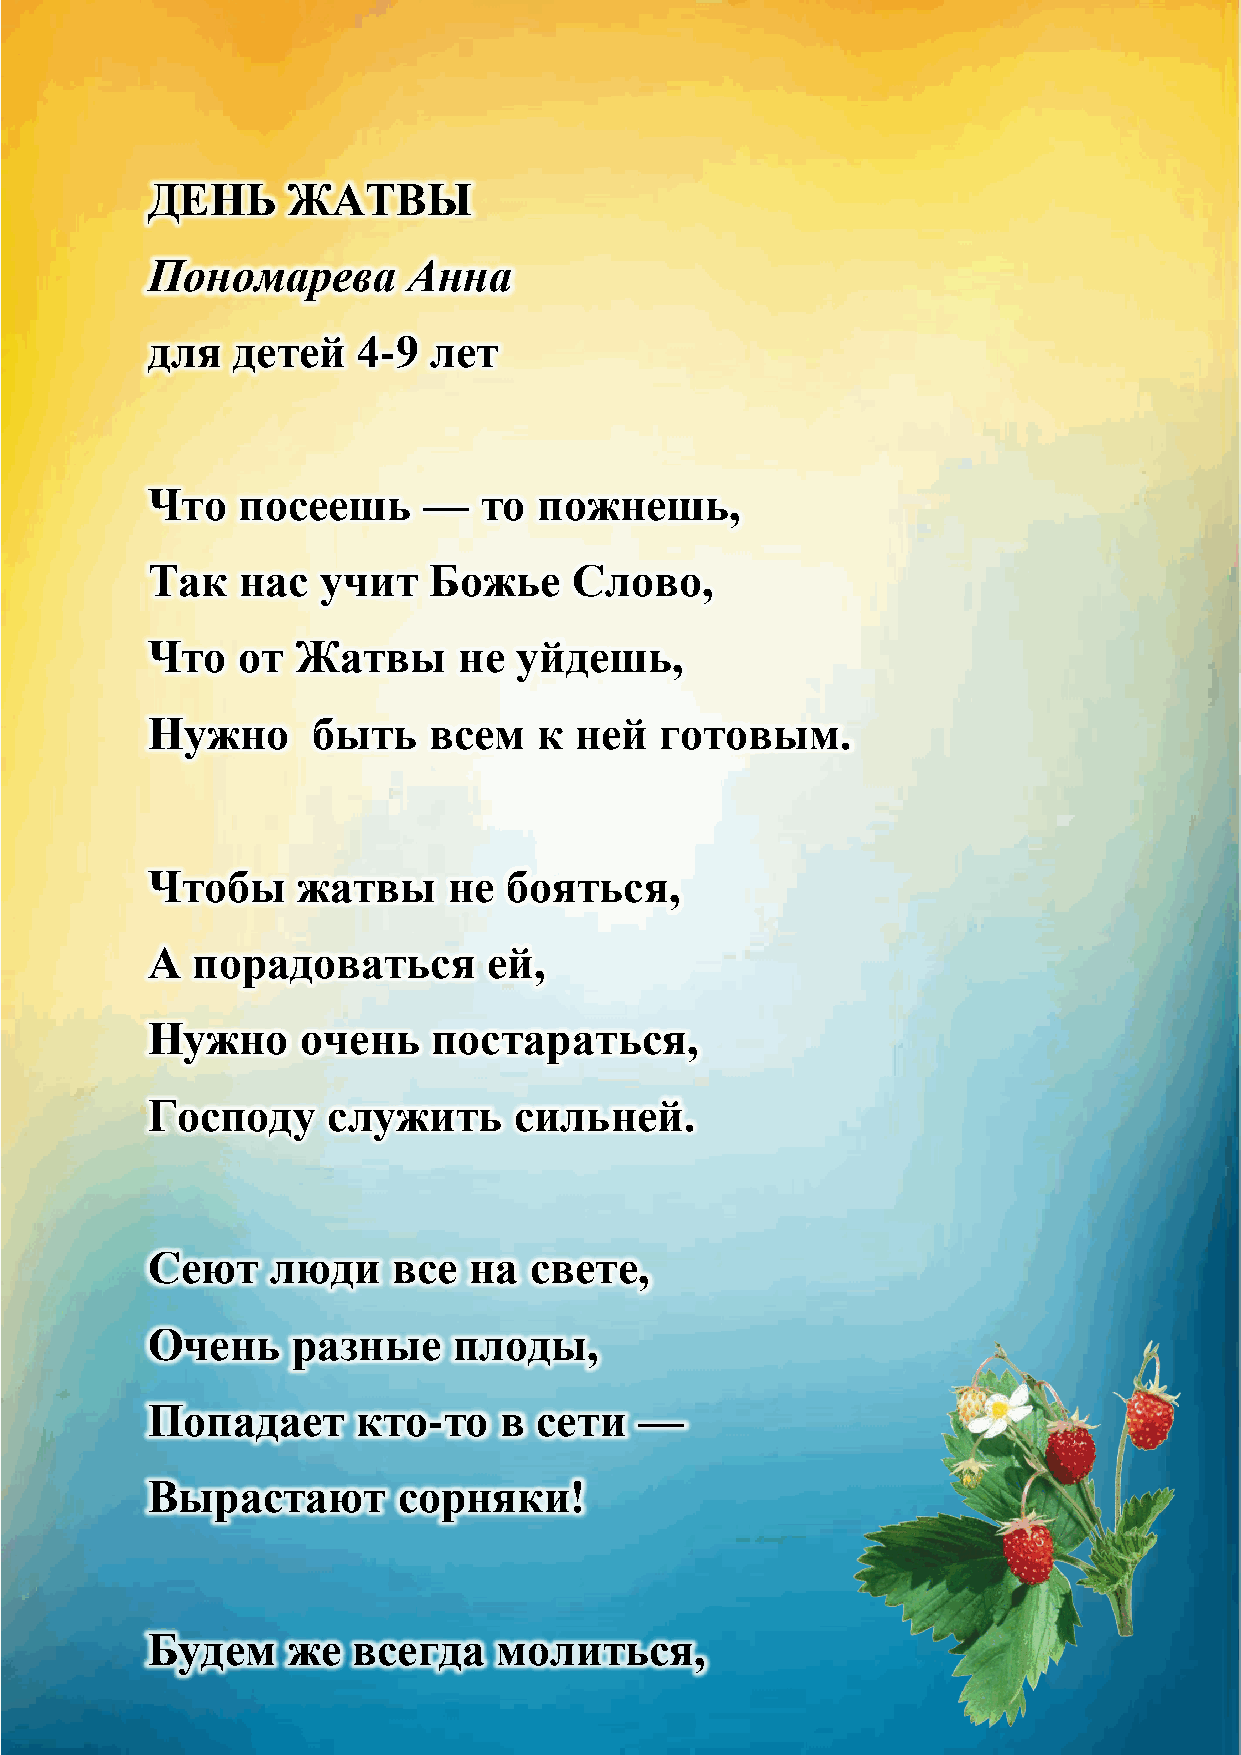
ДЕНЬ     ЖАТВЫ
 Пономарева       Анна
 для  детей    4-9 лет
 Что   посеешь     —   то  пожнешь,
 Так   нас  учит   Божье     Слово,
 Что   от  Жатвы     не  уйдешь,
 Нужно      быть   всем    к ней   готовым.
 Чтобы     жатвы     не бояться,
 А  порадоваться       ей,
 Нужно     очень    постараться,
 Господу     служить     сильней.
 Сеют    люди    все  на  свете,
 Очень    разные     плоды,
 Попадает      кто-то   в сети   —
 Вырастают       сорняки!
 Будем    же  всегда    молиться,